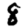
Digit: 8